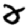
Digit: 2